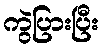
ကွဲပြားပြီး